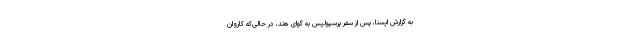
به گزارش ایسنا، پس از سفر پرسپولیس به گوای هند، در حالی‌که کاروان